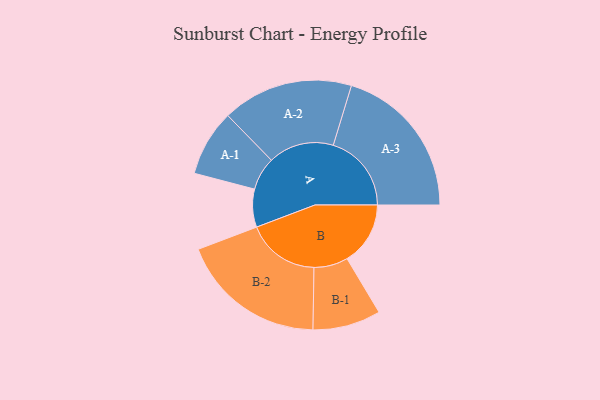
{"axis": {"x": "Segment", "y": "Value"}, "legend": ["", "A", "B"], "data": [{"x": "A", "y": 135, "type": ""}, {"x": "B", "y": 225, "type": ""}, {"x": "A-1", "y": 118, "type": "A"}, {"x": "A-2", "y": 233, "type": "A"}, {"x": "A-3", "y": 278, "type": "A"}, {"x": "B-1", "y": 121, "type": "B"}, {"x": "B-2", "y": 260, "type": "B"}]}